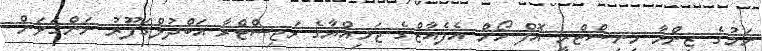
ނަމުގެ ޒިންމާ މިނިސްޓްރީ އޮފް ހޯމް އެފެއާޒްގެ ޖަމިއްޔާގެ ރަޖިސްްޓްރާ އަބްދުލްގަފޫރު ނަންގަވަން